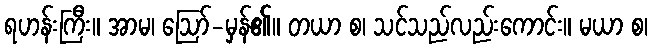
ရဟန်းကြီး။ အာမ၊ ဩော်-မှန်၏။ တယာ စ၊ သင်သည်လည်းကောင်း။ မယာ စ၊